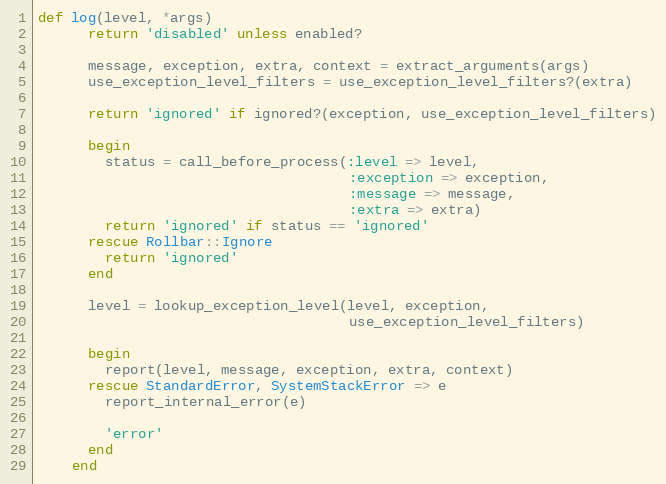
Language: Ruby
def log(level, *args)
      return 'disabled' unless enabled?

      message, exception, extra, context = extract_arguments(args)
      use_exception_level_filters = use_exception_level_filters?(extra)

      return 'ignored' if ignored?(exception, use_exception_level_filters)

      begin
        status = call_before_process(:level => level,
                                     :exception => exception,
                                     :message => message,
                                     :extra => extra)
        return 'ignored' if status == 'ignored'
      rescue Rollbar::Ignore
        return 'ignored'
      end

      level = lookup_exception_level(level, exception,
                                     use_exception_level_filters)

      begin
        report(level, message, exception, extra, context)
      rescue StandardError, SystemStackError => e
        report_internal_error(e)

        'error'
      end
    end